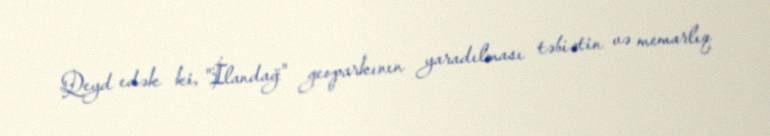
Qeyd edək ki, "İlandağ" geoparkının yaradılması təbiətin və memarlıq